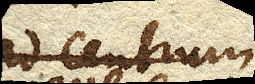
as centrum